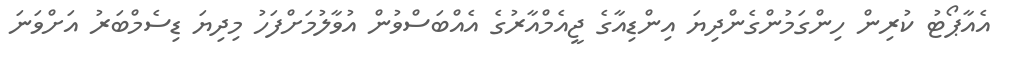
އެއާޕޯޓު ކުރިން ހިންގަމުންގެންދިޔަ އިންޑިއާގެ ޖީއެމްއާރުގެ އެއްބަސްވުން އުވާލުމަށްފަހު މިދިޔަ ޑިސެމްބަރު އަށްވަނަ